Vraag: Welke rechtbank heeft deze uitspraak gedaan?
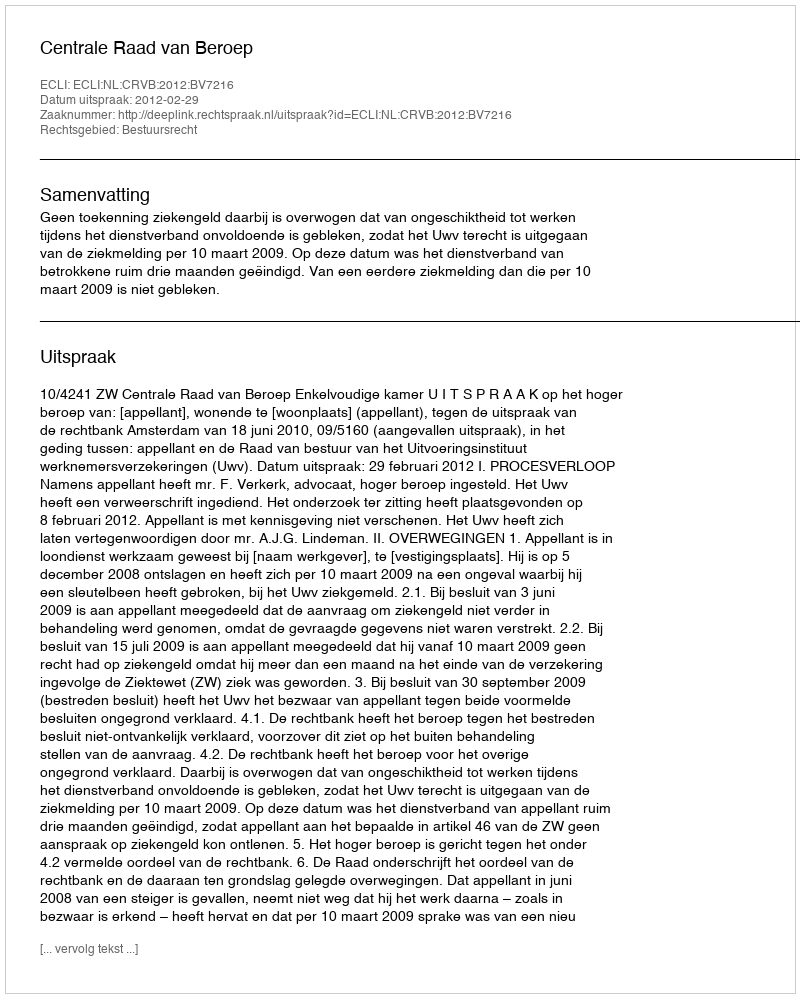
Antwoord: Centrale Raad van Beroep